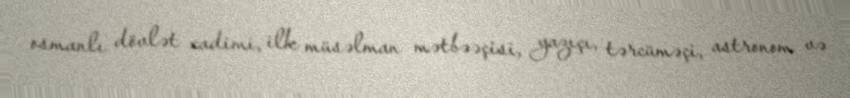
osmanlı dövlət xadimi, ilk müsəlman mətbəəçisi, yazıçı, tərcüməçi, astronom və